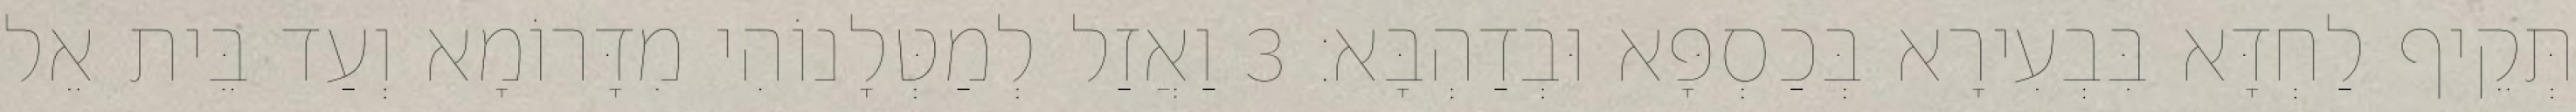
תְּקֵיף לַחְדָּא בִּבְעִירָא בְּכַסְפָּא וּבְדַהְבָּא׃ 3 וַאֲזַל לְמַטְּלָנוֹהִי מִדָּרוֹמָא וְעַד בֵּית אֵל